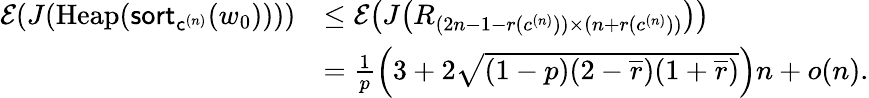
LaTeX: \begin{array}{rl}{\mathcal E(J(\mathrm{Heap}(\mathsf{sort}_{\mathsf{c}^{(n)}}(w_{0}))))}&{\leq\mathcal E\! \left(J\! \left(R_{(2n-1-r(c^{(n)}))\times(n+r(c^{(n)}))}\right)\right)}\\ &{=\frac{1}{p}\left(3+2\sqrt{(1-p)(2-\overline{r})(1+\overline{{r}})}\right)n+o(n).}\end{array}